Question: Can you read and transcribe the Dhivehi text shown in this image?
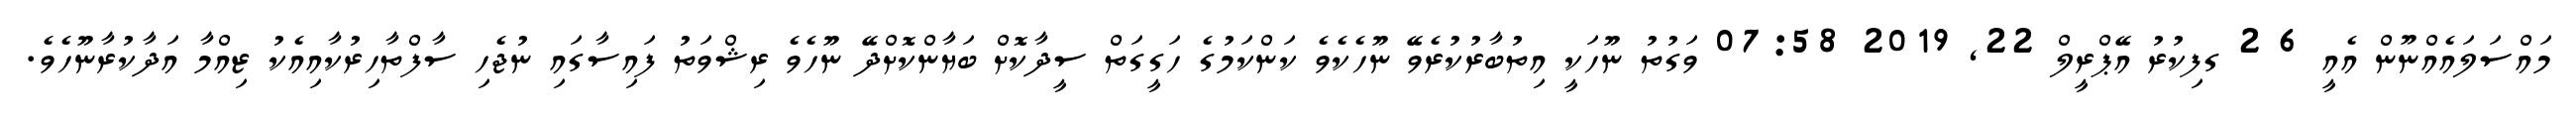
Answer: މައްސަލައެއްނޫން އެއީ 6 2 ގފިކުރު އޭޕްރީލް 22, 2019 07:58 ވަގުތު ނޫހަކީ އިތުބާރުކުރެވޭ ނޫހެކެވެ ކަންކަމުގެ ހަގީގަތް ސީދާކޮށް ބަޔާންކޮށްދޭ ނޫހެވެ ރިޝްވަތު ފައިސާގައި ނުޖެހި ސާފްތާހިރުކާއިއެކު ޒިއްމާ އަދާކުރާނޫހެވެ.